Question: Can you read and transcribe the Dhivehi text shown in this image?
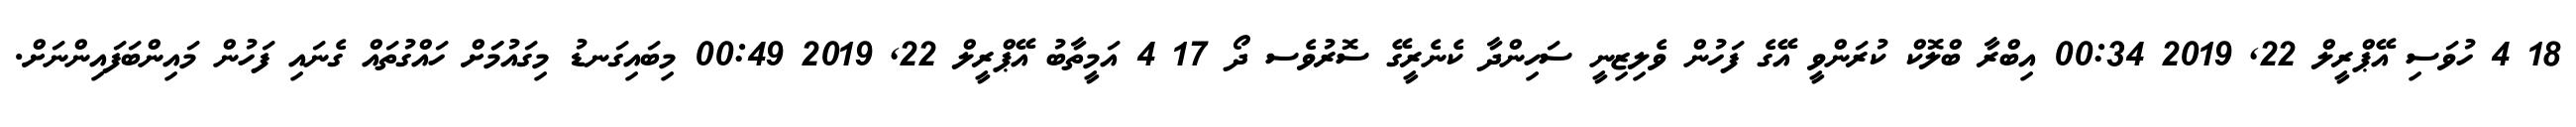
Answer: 18 4 ހުވަސި އޭޕްރީލް 22, 2019 00:34 އިބްރާ ބްލޮކް ކުރަންވީ އޭގެ ފަހުން ވެލިޒިނީ ސަހިންދާ ކެނެރީގޭ ސޮރުވެސ ދޯ 17 4 އަމީތާބު އޭޕްރީލް 22, 2019 00:49 މިބައިގަނޑު މިގައުމަަށް ހައްގުތައް ގެނައި ފަހުން މައިންބަފައިންނަށް.